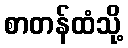
စာတန်ထံသို့